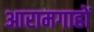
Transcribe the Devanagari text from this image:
आरामगाहों